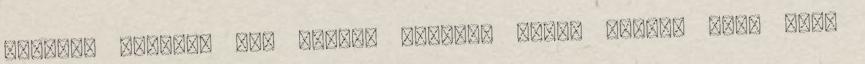
gyermek nemcsak az, akinek nincsen apja, anyja, vagy akit